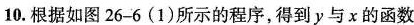
10.根据如图26-6(1)所示的程序，得到y与x的函数